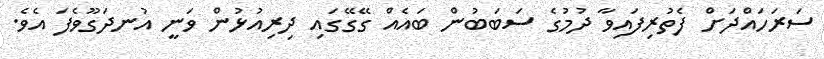
ސަރަހައްދަށް ފެތުރިފައިވާ ދުމުގެ ސަބަބުން ބައެއް ގޭގޭގައި ދިރިއުޅުން ވަނީ އުނދަގޫވެފަ އެވެ.